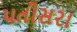
પતીસરા